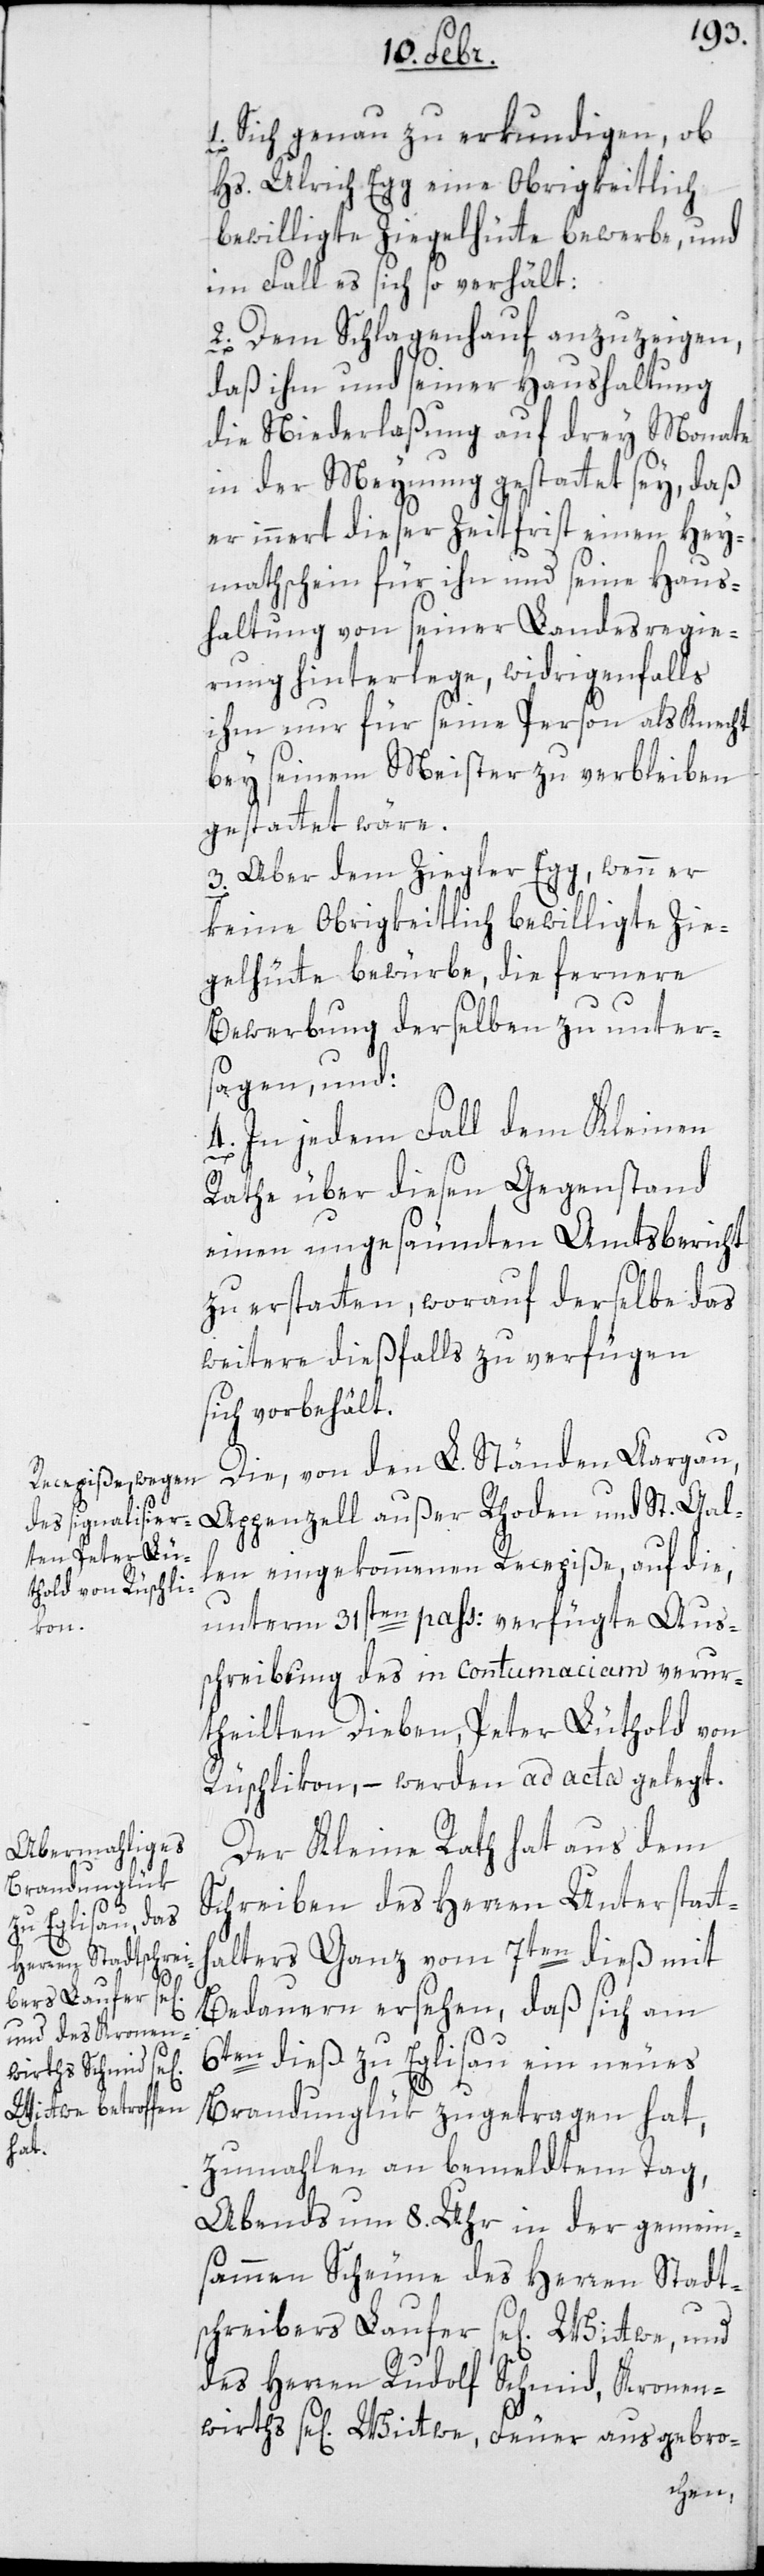
1. Sich genau zu erkundigen, ob
Hs. Ulrich Egg eine Obrigkeitlich
bewilligte Ziegelhütte bewerbe, und
im Fall es sich so verhält:
2. Dem Schlagenhauf anzuzeigen,
daß ihm und seiner Haushaltung
die Niederlaßung auf drey Monate
in der Meinung gestattet sey, daß
er innert dieser Zeitfrist einen Hei¬
matschein für ihn und seine Haus¬
haltung von seiner Landesregie¬
rung hinterlege, wirdrigenfalls
ihm nur für seine Person als Knecht
bey seinem Meister zu verbleiben
gestattet wäre.
3. Aber dem Ziegler Egg, wenn er
keine Obrigkeitlich bewilligte Zie¬
gelhütte bewürbe, die fernere
Berwerbung derselben zu unters¬
agen, und
4. In jedem Fall dem Kleinen
Rathe über diesen Gegenstand
einen ungesäumten Amtsbericht
zu erstatten, worauf derselbe das
Weitere dießfalls zu verfügen
sich vorbehält.
Die von den L. Ständen Aargau,
Appenzell außer Rhoden und St. Gal¬
len eingekommenen Recepiße, auf die,
unterm 31sten pass: verfügte Auß¬
chreibung des in contumaciam verur¬
theilten Dieben, Peter Lüthold von
Rüschlikon, – werden ad acta gelegt.
Der Kleine Rath hat aus dem
Schreiben des Herren Unterstatt¬
halters Ganz vom 7ten dieß mit
Bedauern ersehen, daß sich am
6ten dieß zu Eglisau ein neues
Brandunglük zugetragen hat,
zumahlen an bemeldtem Tag,
abends um 8. Uhr in der gemein¬
samen Scheune des Herren Stadt¬
schreibers Laufer sel. Wittwe, und
des Herren Rudolf Schmid, Kronen¬
wirths sel. Wittwe, Feuer ausgebro-